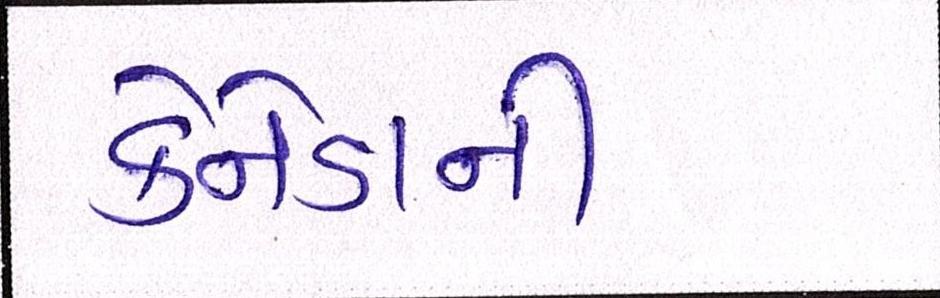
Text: કેનેડાની